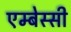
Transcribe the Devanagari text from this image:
एम्बेस्सी